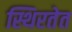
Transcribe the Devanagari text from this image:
स्थिरतेत